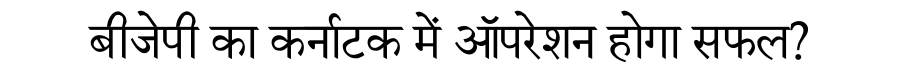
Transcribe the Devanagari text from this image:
बीजेपी का कर्नाटक में ऑपरेशन होगा सफल?